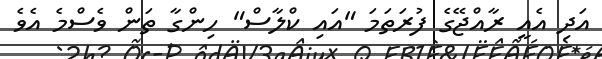
އަދި އެއީ ރާއްޖޭގެ ފުރަތަމަ "އައި ކްލާސް" ހިންގާ ތަން ވެސްމެ އެވެ